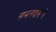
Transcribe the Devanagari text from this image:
सामलदासनो